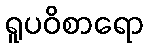
ရူပဝိစာရော